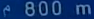
800 m